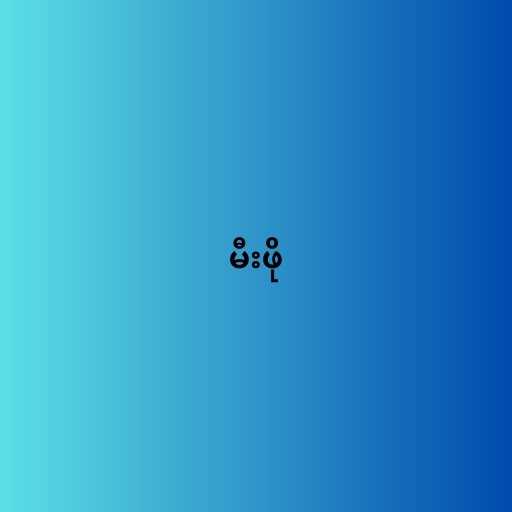
မီးဖို